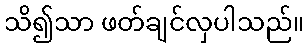
သိ၍သာ ဖတ်ချင်လှပါသည်။